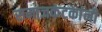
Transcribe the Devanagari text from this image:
समाजकंटकांनी